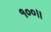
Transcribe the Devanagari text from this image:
१००।।